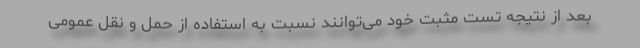
بعد از نتیجه تست مثبت خود می‌توانند نسبت به استفاده از حمل و نقل عمومی